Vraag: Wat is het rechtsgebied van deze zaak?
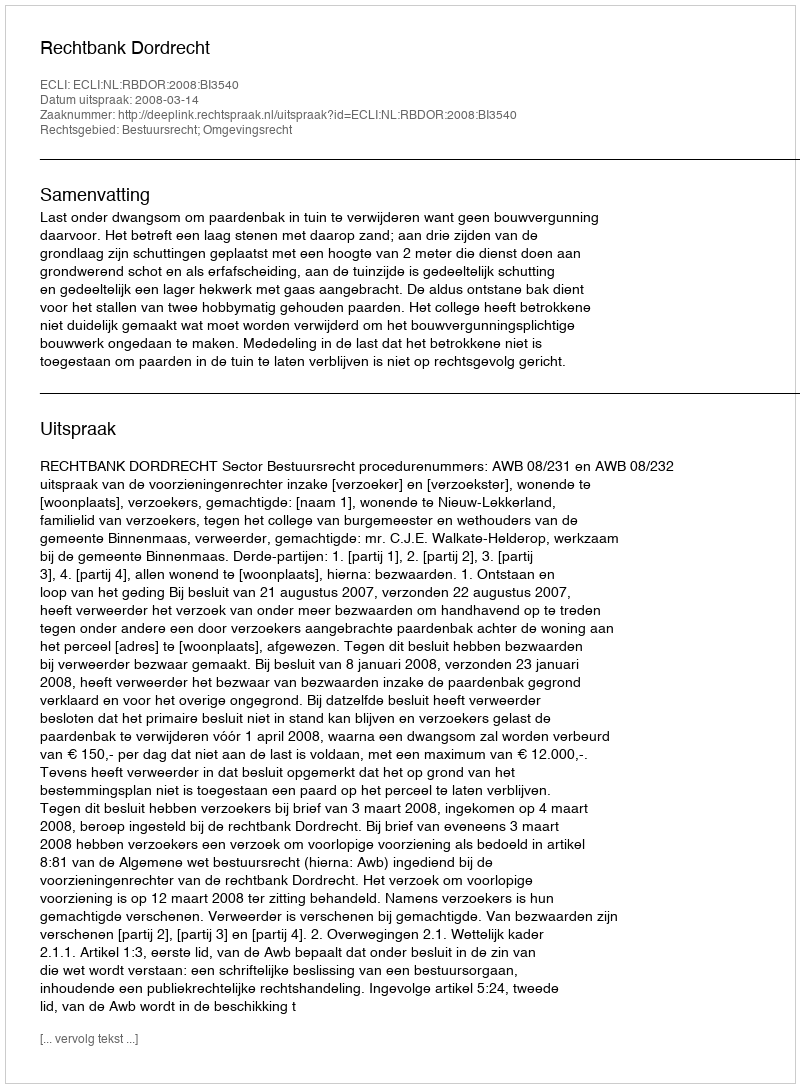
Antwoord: Bestuursrecht; Omgevingsrecht